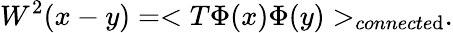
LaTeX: W^{2}(x-y)=<T\Phi(x)\Phi(y)>_{connecte\mathrm{d}}.